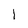
Character: 1